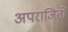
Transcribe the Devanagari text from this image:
अपराजितों